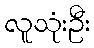
လူသုံးဦး